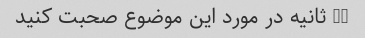
15 ثانیه در مورد این موضوع صحبت کنید